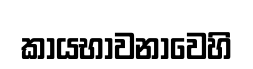
කායභාවනාවෙහි